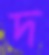
দ